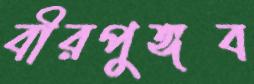
বীরপুঙ্গব